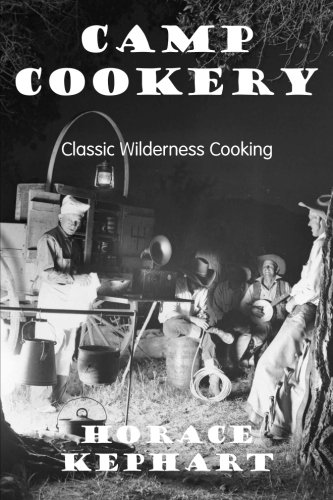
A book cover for Camp Cookery; Horace Kephart; Cookbooks, Food & Wine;